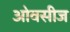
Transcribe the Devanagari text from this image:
ओवसीज